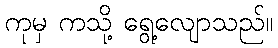
ကုမှ ကသို့ ရွေ့လျောသည်။